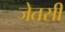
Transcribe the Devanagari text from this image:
जेतसी